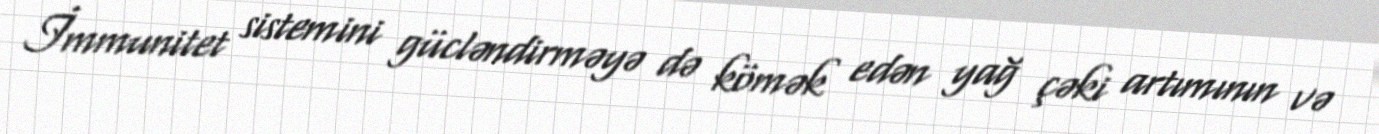
İmmunitet sistemini gücləndirməyə də kömək edən yağ çəki artımının və